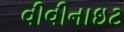
વીવીનાઇટ